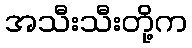
အသီးသီးတို့က